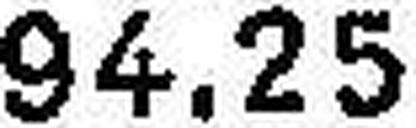
94.25